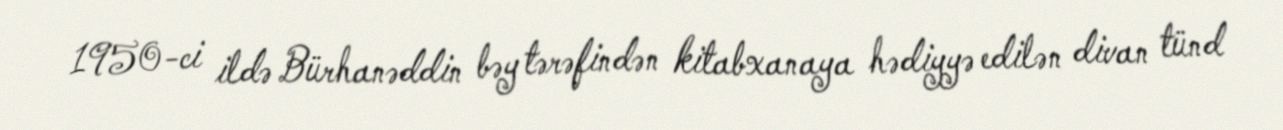
1950-ci ildə Bürhanəddin bəy tərəfindən kitabxanaya hədiyyə edilən divan tünd